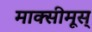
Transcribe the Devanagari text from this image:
माक्सीमूस्